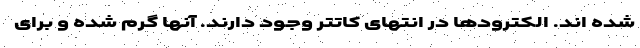
شده اند. الکترودها در انتهای کاتتر وجود دارند. آنها گرم شده و برای